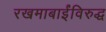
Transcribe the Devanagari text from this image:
रखमाबाईंविरुद्ध